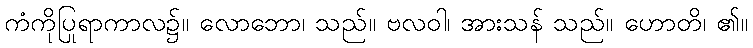
ကံကိုပြုရာကာလ၌။ လောဘော၊ သည်။ ဗလဝါ၊ အားသန် သည်။ ဟောတိ၊ ၏။